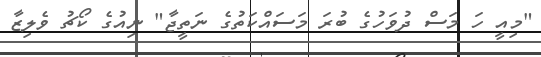
"މިއީ ހަ މަސް ދުވަހުގެ ބުރަ މަސައްކަތުގެ ނަތީޖާ" ނިއުގެ ކޯޗު ވެލިޒާ